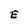
Character: E